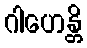
ဂါဟေန္တိ